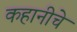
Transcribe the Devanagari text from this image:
कहानीचे